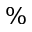
\%